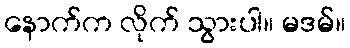
နောက်က လိုက် သွားပါ။ မဒမ်။